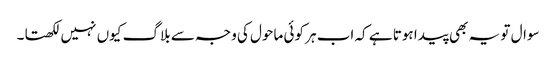
سوال تو یہ بھی پیدا ہوتا ہے کہ اب ہر کوئی ماحول کی وجہ سے بلاگ کیوں نہیں لکھتا۔